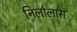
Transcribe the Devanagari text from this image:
निलोलास